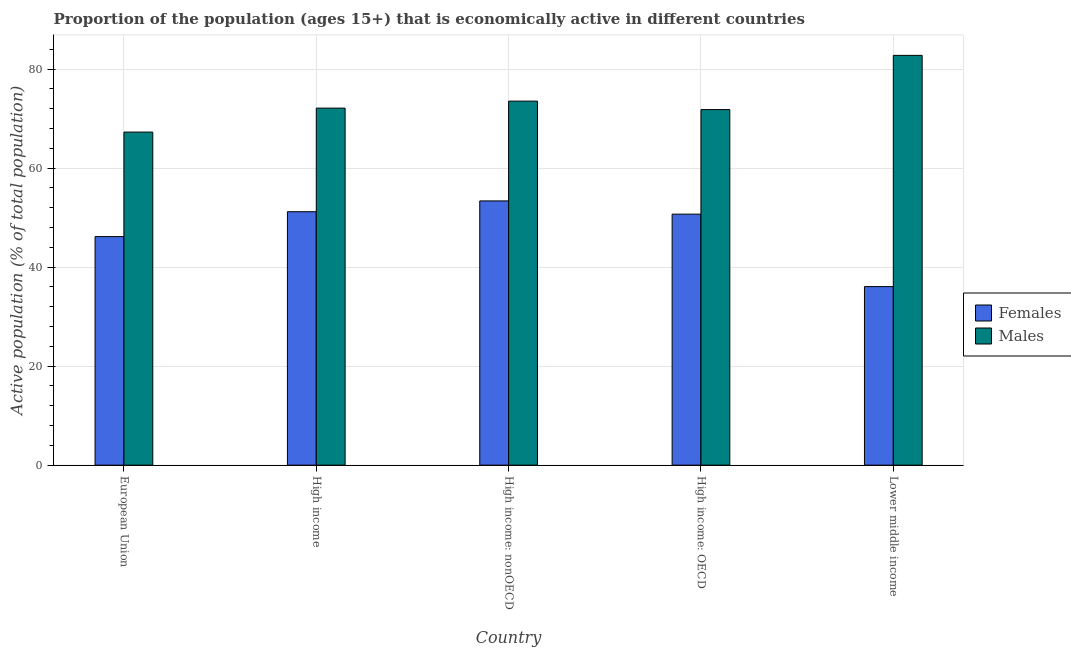
| Country | Females | Males |
 | --- | --- | --- |
 | European Union | 46.2 | 67.3 |
 | High income | 51.2 | 72.1 |
 | High income: nonOECD | 53.4 | 73.5 |
 | High income: OECD | 50.7 | 71.8 |
 | Lower middle income | 36.1 | 82.8 |